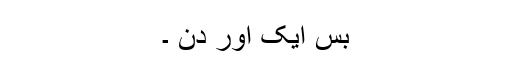
بس ایک اور دن ۔